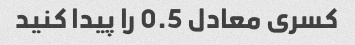
کسری معادل 0.5 را پیدا کنید